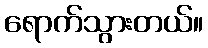
ရောက်သွားတယ်။